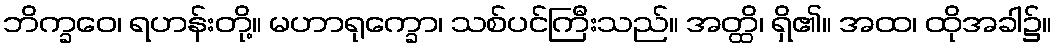
ဘိက္ခဝေ၊ ရဟန်းတို့။ မဟာရုက္ခော၊ သစ်ပင်ကြီးသည်။ အတ္ထိ၊ ရှိ၏။ အထ၊ ထိုအခါ၌။